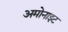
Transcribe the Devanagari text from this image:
अमोनाइट